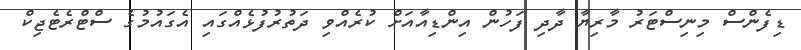
ޑިފެންސް މިނިސްޓަރު މާރިޔާ ދާދި ފަހުން އިންޑިއާއަށް ކުރެއްވި ދަތުރުފުޅެއްގައި އެގައުމުގެ ސްޓްރެޓެޖިކް